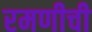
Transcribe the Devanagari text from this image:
रमणीची